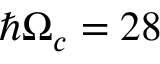
\hbar \Omega _ { c } = 2 8